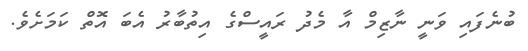
ބުނެފައި ވަނީ ނާޒިމް އާ މެދު ރައީސްގެ އިތުބާރު އެބަ އޮތް ކަމަށެވެ.